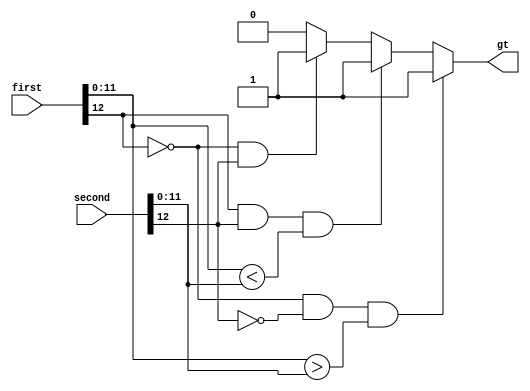
`timescale 1ns / 1ps

module fp_greaterthan(
	input wire[12:0] first,second,
	output reg gt
    );
	 always @* begin
	 gt=1'b0;
	 if(!first[12] && !second[12] && first[11:0]>second[11:0] ) gt=1'b1;  //if first and second are both positive
	 else if(first[12] && second[12] && first[11:0]<second[11:0]) gt=1'b1; //if first and second are both negative
	 else if(!first[12] && second[12]) gt=1'b1; //if first is positive and second is negative
	 end 


endmodule